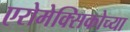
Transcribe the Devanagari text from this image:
एरोमेक्सिकोच्या